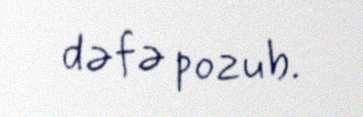
dəfə pozub.